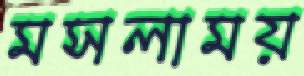
মসলাময়